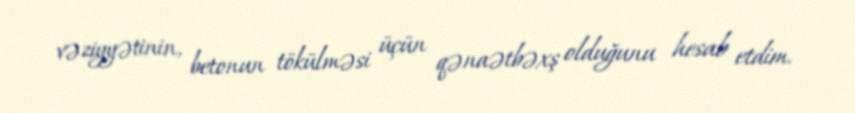
vəziyyətinin, betonun tökülməsi üçün qənaətbəxş olduğunu hesab etdim.